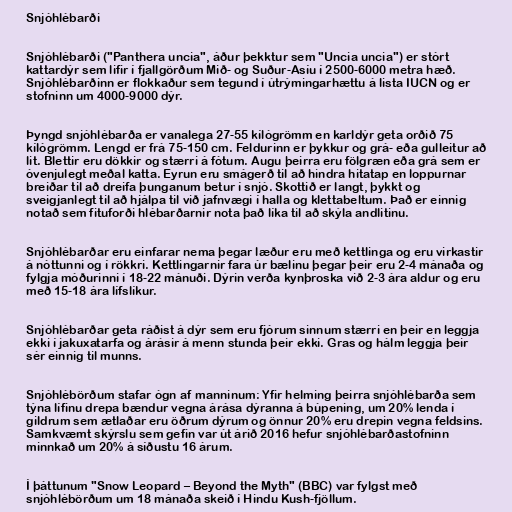
Snjóhlébarði

Snjóhlébarði ("Panthera uncia", áður þekktur sem "Uncia uncia") er stórt
kattardýr sem lifir í fjallgörðum Mið- og Suður-Asíu í 2500-6000 metra hæð.
Snjóhlébarðinn er flokkaður sem tegund í útrýmingarhættu á lista IUCN og er
stofninn um 4000-9000 dýr.

Þyngd snjóhlébarða er vanalega 27-55 kílógrömm en karldýr geta orðið 75
kílógrömm. Lengd er frá 75-150 cm. Feldurinn er þykkur og grá- eða gulleitur að
lit. Blettir eru dökkir og stærri á fótum. Augu þeirra eru fölgræn eða grá sem er
óvenjulegt meðal katta. Eyrun eru smágerð til að hindra hitatap en loppurnar
breiðar til að dreifa þunganum betur í snjó. Skottið er langt, þykkt og
sveigjanlegt til að hjálpa til við jafnvægi í halla og klettabeltum. Það er einnig
notað sem fituforði hlébarðarnir nota það líka til að skýla andlitinu.

Snjóhlébarðar eru einfarar nema þegar læður eru með kettlinga og eru virkastir
á nóttunni og í rökkri. Kettlingarnir fara úr bælinu þegar þeir eru 2-4 mánaða og
fylgja móðurinni í 18-22 mánuði. Dýrin verða kynþroska við 2-3 ára aldur og eru
með 15-18 ára lífslíkur.

Snjóhlébarðar geta ráðist á dýr sem eru fjórum sinnum stærri en þeir en leggja
ekki í jakuxatarfa og árásir á menn stunda þeir ekki. Gras og hálm leggja þeir
sér einnig til munns.

Snjóhlébörðum stafar ógn af manninum: Yfir helm­ing­ þeirra snjó­hlé­b­arða sem
týna lífinu drep­a bænd­ur vegna árása dýr­anna á bú­pen­ing, um 20% lend­a í
gildr­um sem ætlaðar eru öðrum dýrum og önn­ur 20% eru drep­in vegna feldsins.
Sam­kvæmt skýrsl­u sem gefin var út árið 2016 hef­ur snjó­hlé­b­arðastofninn
minnkað um 20% á síðustu 16 árum.

Í þáttunum "Snow Leopard – Beyond the Myth" (BBC) var fylgst með
snjóhlébörðum um 18 mánaða skeið í Hindu Kush-fjöllum.